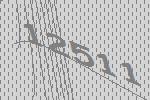
12511